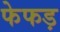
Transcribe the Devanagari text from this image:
फेफड़